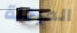
المرحلة